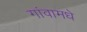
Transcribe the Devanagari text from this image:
गांवामधे